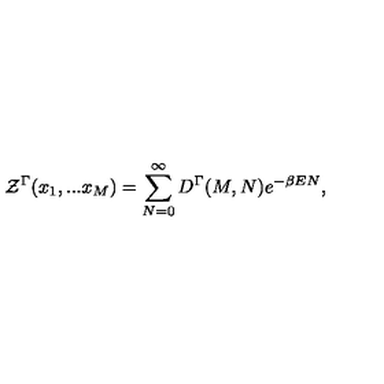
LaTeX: { \cal Z } ^ { \Gamma } ( x _ { 1 } , . . . x _ { M } ) = \sum _ { N = 0 } ^ { \infty } D ^ { \Gamma } ( M , N ) e ^ { - \beta E N } ,